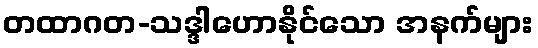
တထာဂတ-သဒ္ဒါဟောနိုင်သော အနက်များ